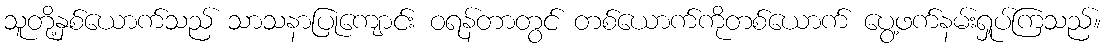
သူတို့နှစ်ယောက်သည် သာသနာပြုကျောင်း ဝရန်တာတွင် တစ်ယောက်ကိုတစ်ယောက် ပွေ့ဖက်နမ်းရှုပ်ကြသည်။